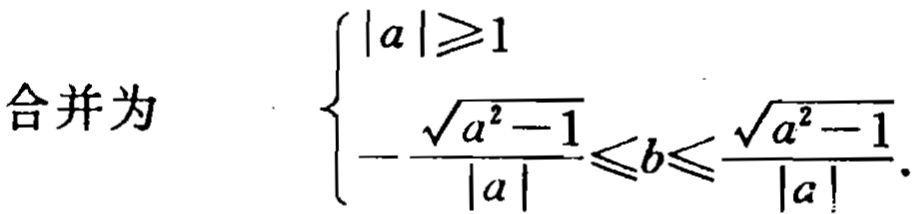
合并为
\(\begin{cases}
|a|\geqslant1 \\
-\dfrac{\sqrt{a^{2}-1}}{|a|}\leqslant b\leqslant\dfrac{\sqrt{a^{2}-1}}{|a|}
\end{cases}\)